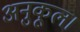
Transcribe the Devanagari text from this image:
अनुकूल।